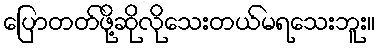
ပြောတတ်ဖို့ဆိုလိုသေးတယ်မရသေးဘူး။